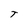
Character: T